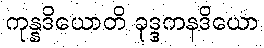
ကုန္နဒိယောတိ ခုဒ္ဒကနဒိယော